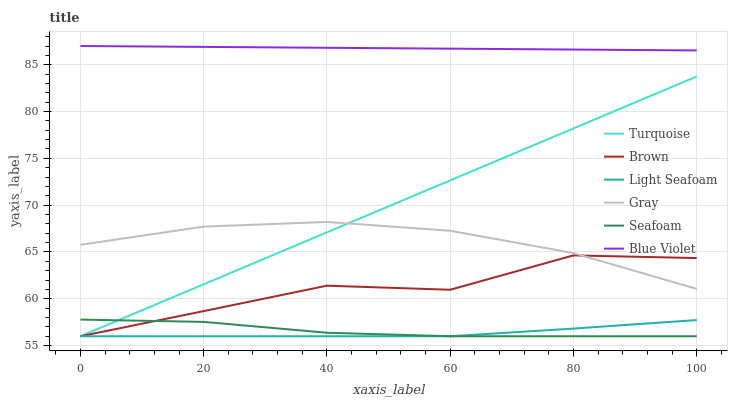
| xaxis_label | Turquoise | Brown | Light Seafoam | Gray | Seafoam | Blue Violet |
 | --- | --- | --- | --- | --- | --- | --- |
 | 0 | 56 | 56 | 56 | 65.8 | 57.8 | 87 |
 | 20 | 61.5 | 58.7 | 56 | 67.7 | 57.5 | 86.9 |
 | 40 | 67.1 | 61.4 | 56 | 68.2 | 56.4 | 86.8 |
 | 60 | 72.6 | 61 | 56 | 67.3 | 56 | 86.7 |
 | 80 | 78.2 | 64.6 | 56.8 | 64.9 | 56 | 86.6 |
 | 100 | 83.7 | 64.4 | 57.7 | 61.1 | 56 | 86.5 |